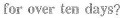
for over ten days?